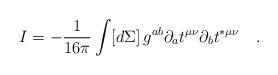
LaTeX: \begin{align*}I=-\frac{1}{16\pi }\int [d\Sigma ]\,g^{ab}\partial _{a}t^{\mu \nu }\partial_{b}t^{*\mu \nu }\quad . \end{align*}